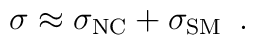
\sigma \approx \sigma_{{\rm NC}} + \sigma_{{\rm SM}}  \,\,\, .